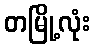
တမြို့လုံး